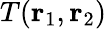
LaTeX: T(\mathbf{r}_{1},\mathbf{r}_{2})